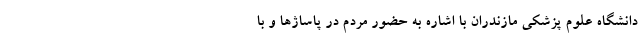
دانشگاه علوم پزشکی مازندران با اشاره به حضور مردم در پاساژها و با